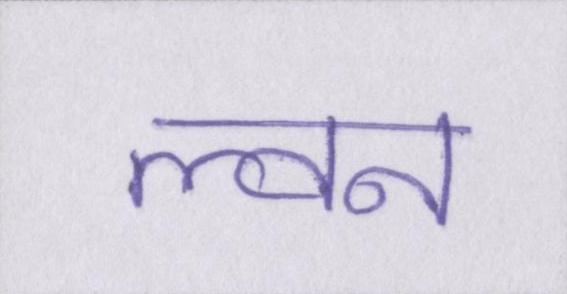
ल्वन